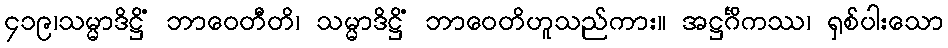
၄၁၉၊သမ္မာဒိဋ္ဌိံ ဘာဝေတီတိ၊ သမ္မာဒိဋ္ဌိံ ဘာဝေတိဟူသည်ကား။ အဋ္ဌင်္ဂိကဿ၊ ရှစ်ပါးသော